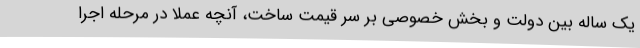
یک ساله بین دولت و بخش خصوصی بر سر قیمت ساخت، آنچه عملا در مرحله اجرا